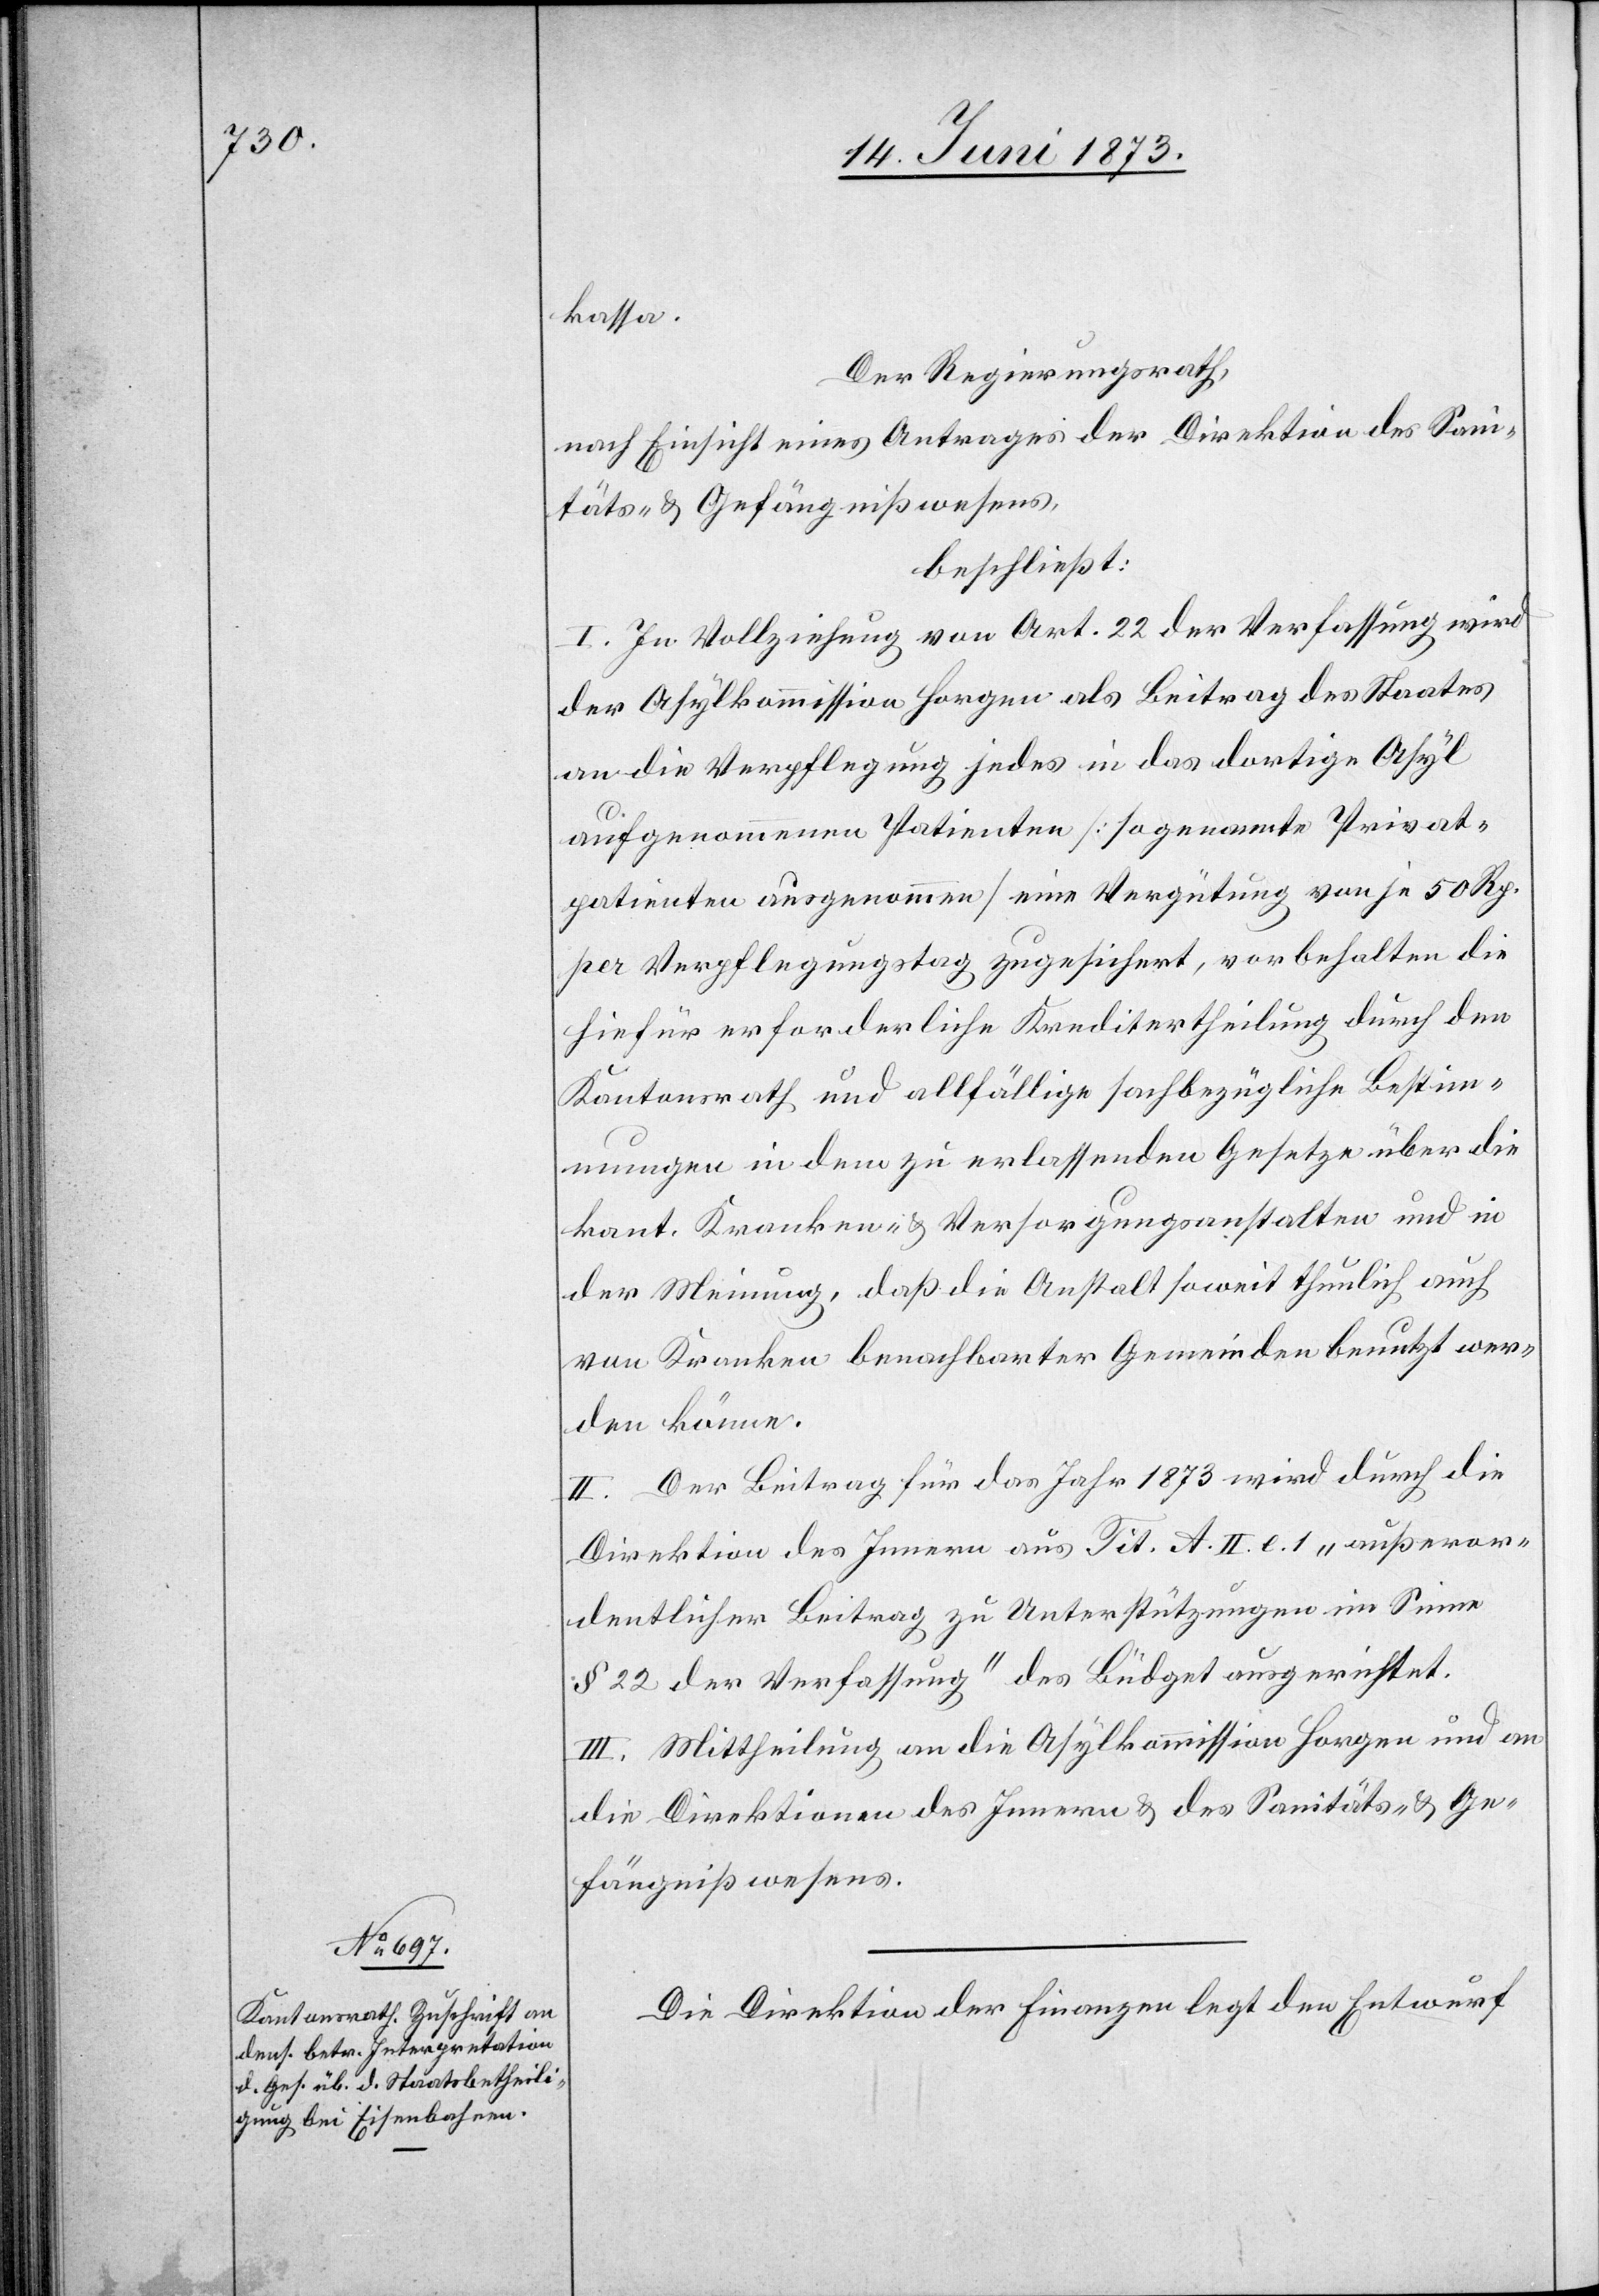
kassa.
Der Regierungsrath,
nach Einsicht eines Antrages der Direktion des Sani¬
täts- & Gefängnißwesens,
beschließt:
I. In Vollziehung von Art. 22 der Verfassung wird
der Asylkommission Horgen als Beitrag des Staates
an die Verpflegung jedes in das dortige Asyl
aufgenommenen Patienten [sogenannte Privat¬
patienten ausgenommen] eine Vergütung von je 50 Rp.
per Verpflegungstag zugesichert, vorbehalten die
hiefür erforderliche Kreditertheilung durch den
Kantonsrath und allfällige sachbezügliche Bestim¬
mungen in dem zu erlassenden Gesetze über die
kant. Kranken- & Versorgungsanstalten und in
der Meinung, daß die Anstalt soweit thunlich auch
von Kranken benachbarter Gemeinden benutzt wer¬
den könne.
II. Der Beitrag für das Jahr 1873 wird durch die
Direktion des Innern aus Tit. A. II. e 1 „außeror¬
dentlicher Beitrag zu Unterstützungen im Sinne
§ 22 der Verfassung“ des Büdget ausgerichtet.
III. Mittheilung an die Asylkommission Horgen und an
die Direktion des Innern & des Sanitäts- & Ge¬
fängnißwesens.
Die Direktion der Finanzen legt den Entwurf